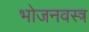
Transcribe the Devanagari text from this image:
भोजनवस्त्र